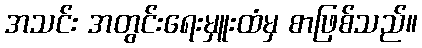
အသင်း အတွင်းရေးမှူးထံမှ စာဖြစ်သည်။